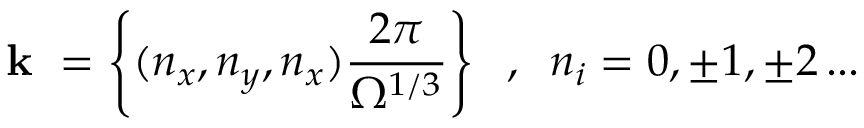
\mathrm { ~ \bf ~ k ~ } = \left\{ ( n _ { x } , n _ { y } , n _ { x } ) \frac { 2 \pi } { \Omega ^ { 1 / 3 } } \right\} \; \; , \; \; n _ { i } = 0 , \pm 1 , \pm 2 \, . . .